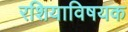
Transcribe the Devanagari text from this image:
रशियाविषयक